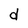
Character: d